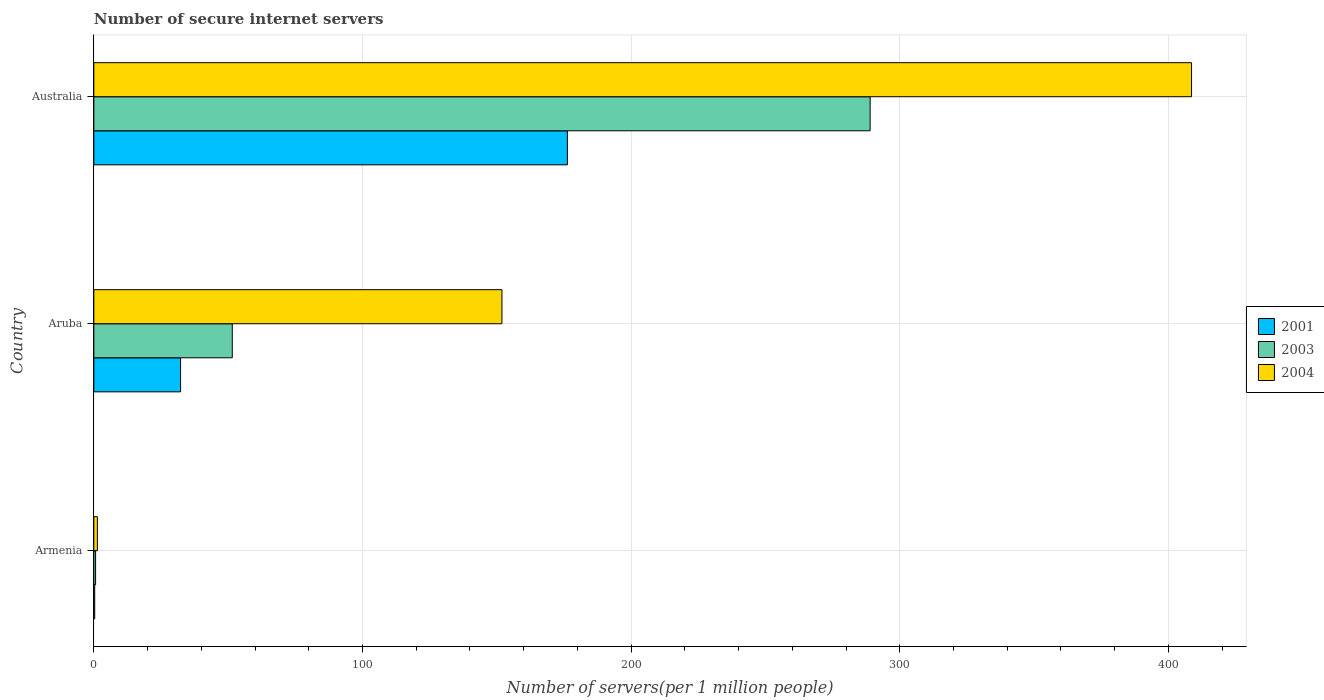
| Country | 2001 | 2003 | 2004 |
 | --- | --- | --- | --- |
 | Armenia | 0.327 | 0.659 | 1.32 |
 | Aruba | 32.3 | 51.5 | 152 |
 | Australia | 176 | 289 | 409 |